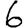
Digit: 6